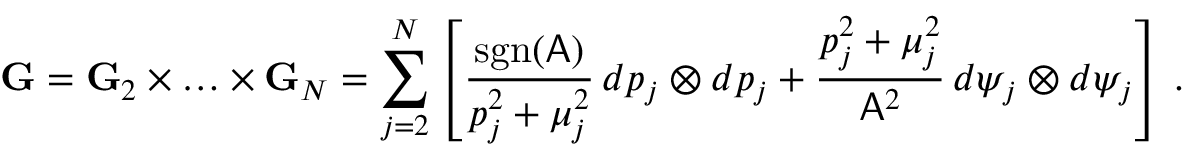
\mathbf { G } = \mathbf { G } _ { 2 } \times \hdots \times \mathbf { G } _ { N } = \sum _ { j = 2 } ^ { N } \left[ \frac { \mathrm { s g n } ( \mathsf { A } ) } { p _ { j } ^ { 2 } + \mu _ { j } ^ { 2 } } \, d p _ { j } \otimes d p _ { j } + \frac { p _ { j } ^ { 2 } + \mu _ { j } ^ { 2 } } { \mathsf { A } ^ { 2 } } \, d \psi _ { j } \otimes d \psi _ { j } \right] \, .